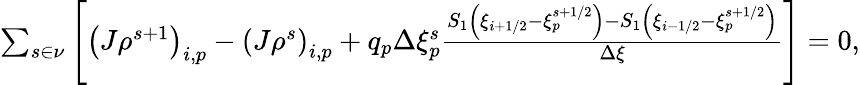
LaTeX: \begin{array}{r}{\sum_{s\in\nu}\left[\left(J\rho^{s+1}\right)_{i,p}-\left(J\rho^{s}\right)_{i,p}+q_{p}\Delta\xi_{p}^{s}\frac{S_{1}\left(\xi_{i+1/2}-\xi_{p}^{s+1/2}\right)-S_{1}\left(\xi_{i-1/2}-\xi_{p}^{s+1/2}\right)}{\Delta\xi}\right]=0,}\end{array}